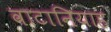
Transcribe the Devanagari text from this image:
वाटानियाह